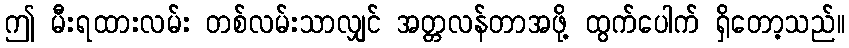
ဤ မီးရထားလမ်း တစ်လမ်းသာလျှင် အတ္တလန်တာအဖို့ ထွက်ပေါက် ရှိတော့သည်။